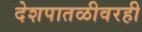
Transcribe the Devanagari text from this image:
देशपातळीवरही